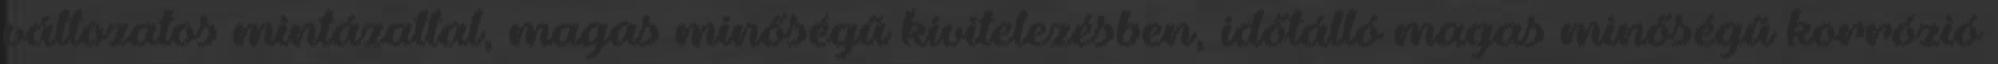
változatos mintázattal, magas minőségű kivitelezésben, időtálló magas minőségű korrózió